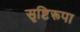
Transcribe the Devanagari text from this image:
सृष्टिरूपा